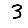
Digit: 3